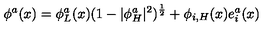
\phi ^ { a } ( x ) = \phi _ { L } ^ { a } ( x ) ( 1 - | \phi _ { H } ^ { a } | ^ { 2 } ) ^ { \frac { 1 } { 2 } } + \phi _ { i , H } ( x ) e _ { i } ^ { a } ( x )